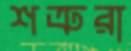
শত্রুরা